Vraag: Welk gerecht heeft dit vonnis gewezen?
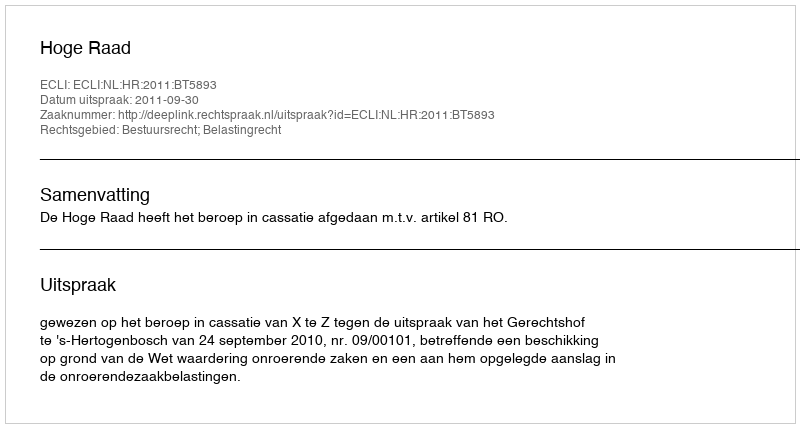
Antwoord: Hoge Raad